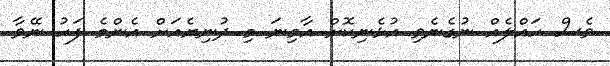
ވެސް ހައްލެއް ނުގެނެވި އުޅެނިކޮށް އާމިނަ މި ދުނިޔެއަށް އެންމެ ފަހު ނޭވާ